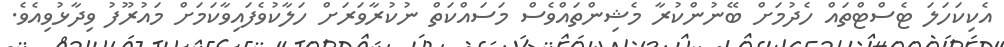
އެކިކަހަލަ ޓެސްޓްތައް ހެދުމަށް ބޭނުންކުރާ މެޝިންތައްވެސް މަސައްކަތް ނުކުރާވަރަށް ހަލާކުވެފައިވާކަމަށް މައުރޫފު ވިދާޅުވިއެވެ.